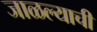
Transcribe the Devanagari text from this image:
जाळल्याची